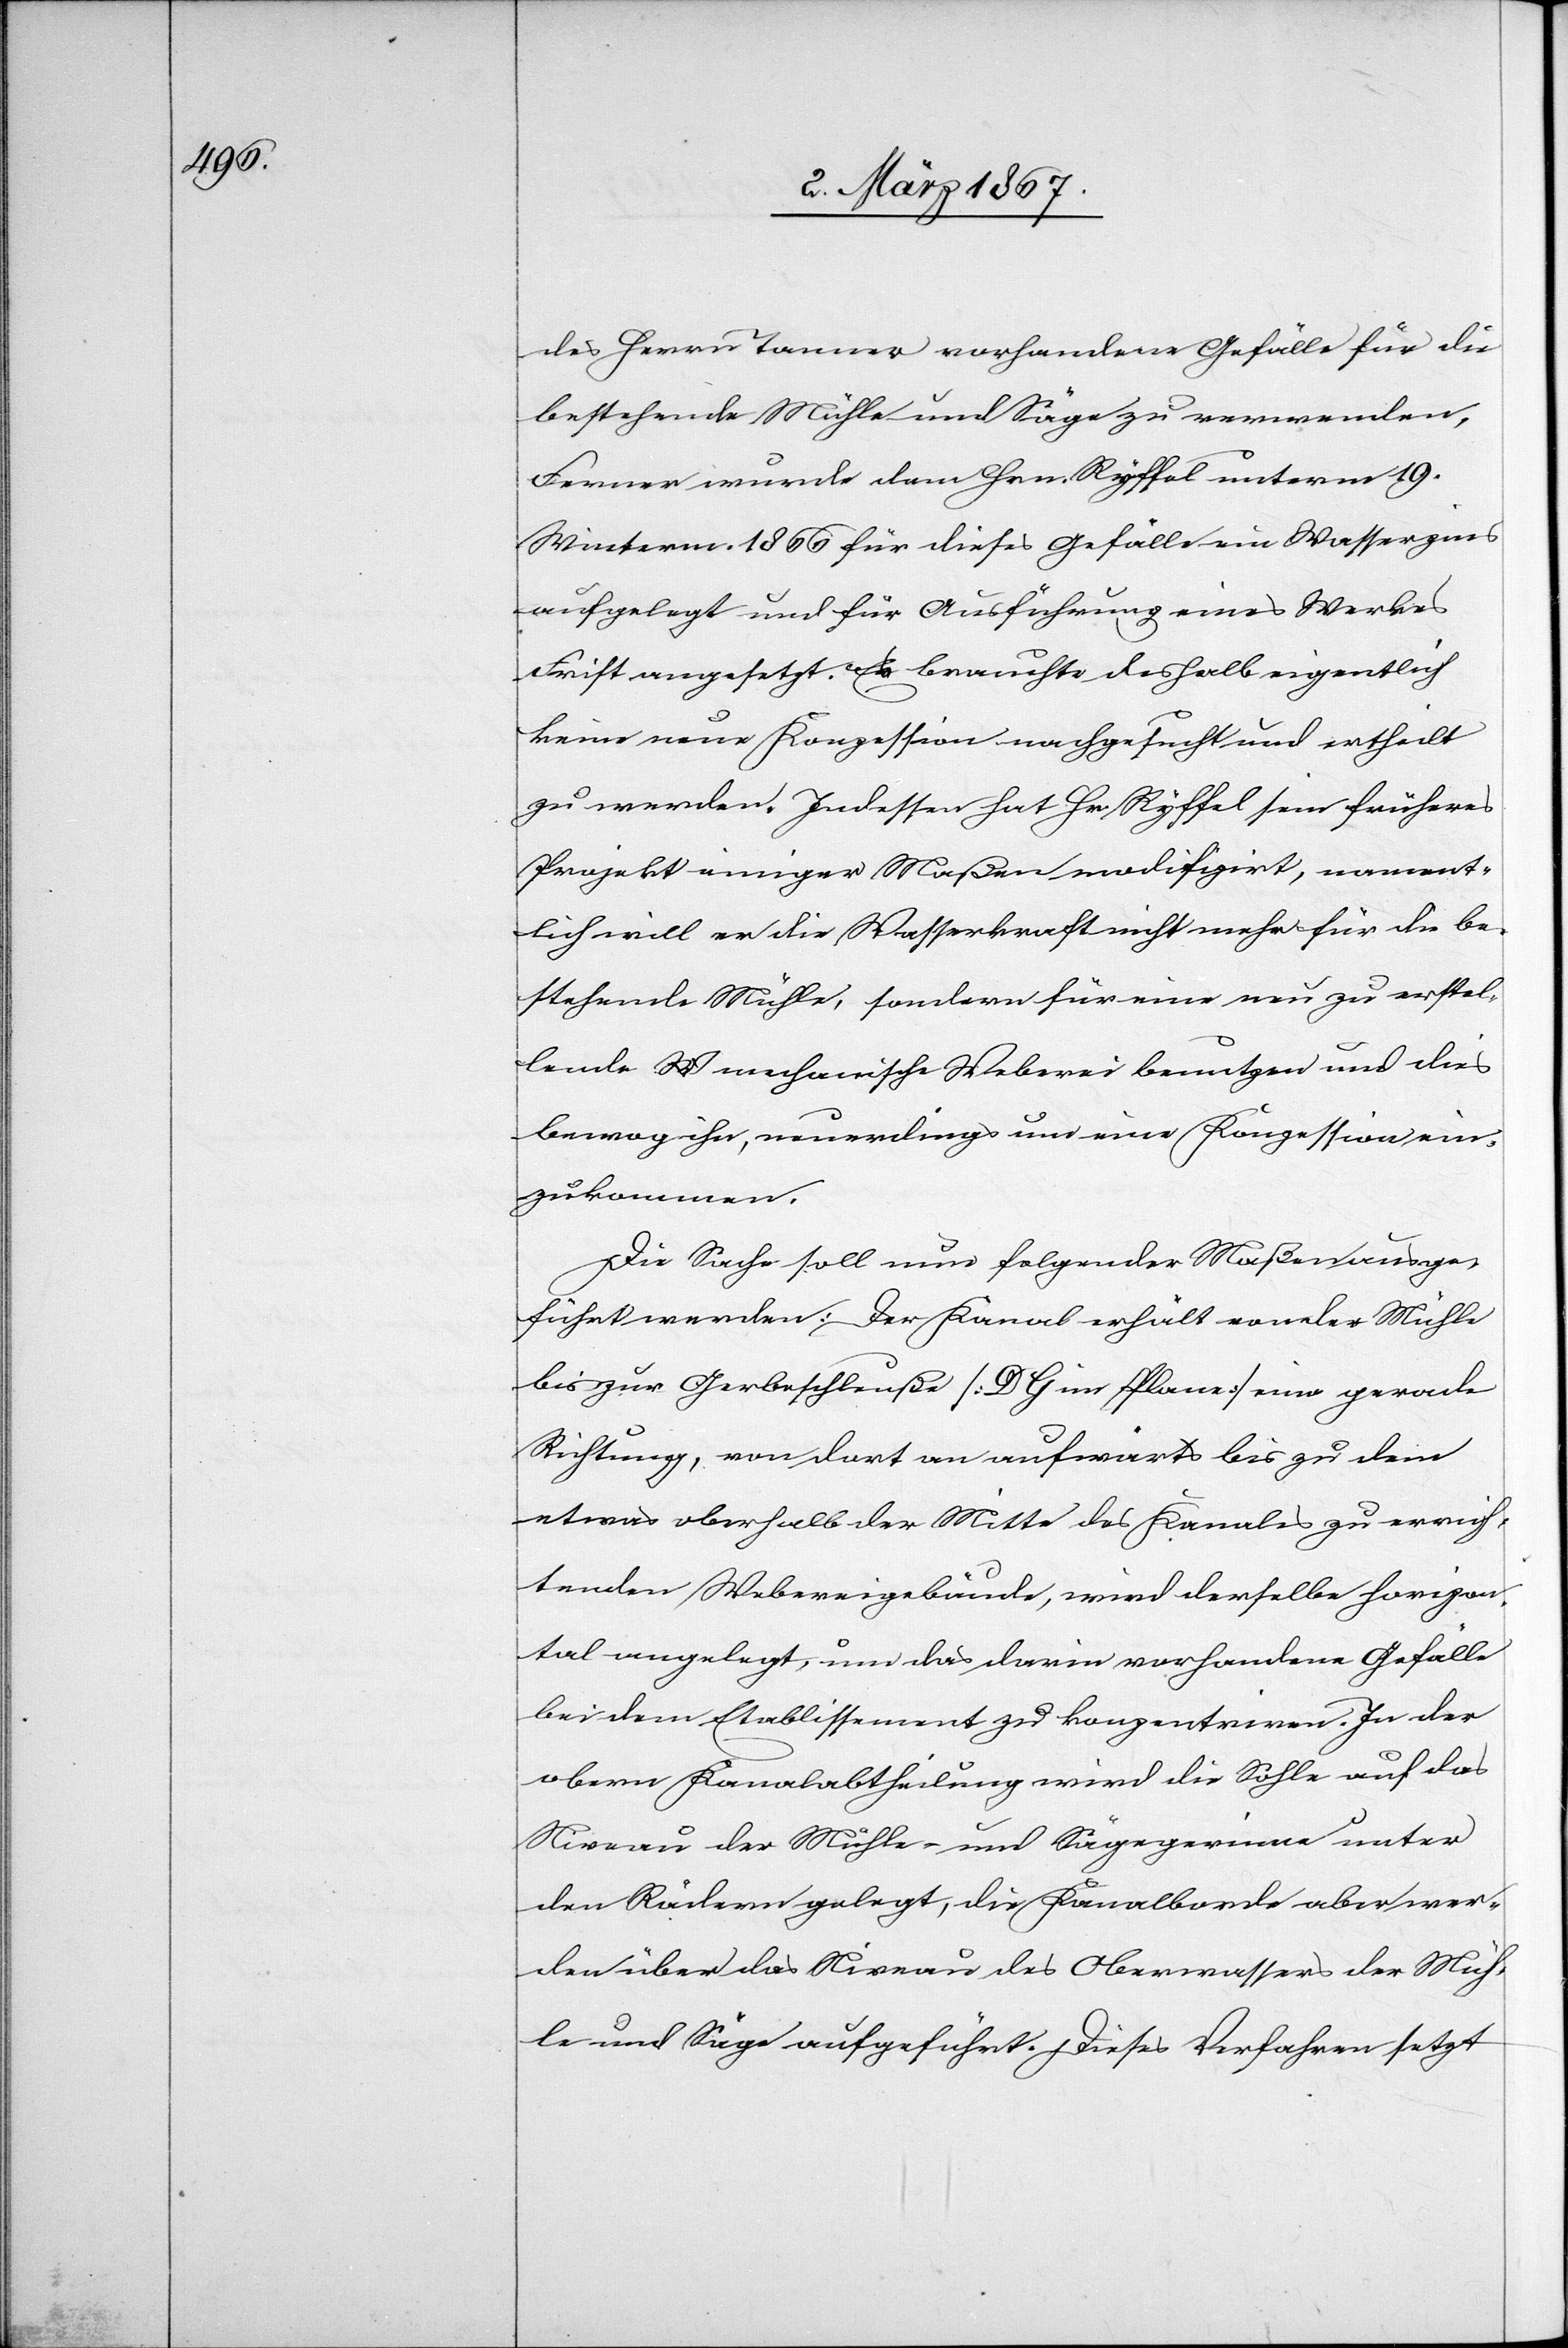
des Herrn Tanner vorhandene Gefälle für die
bestehende Mühle und Säge zu verwenden.
Ferner wurde dem Hrn. Ryffel unterm 19.
Winterm. 1866 für dieses Gefälle ein Wasserzins
aufgelegt und für Ausführung eines Werkes
Frist angesetzt. Es brauchte deshalb eigentlich
keine neue Konzession nachgesucht und ertheilt
zu werden. Indessen hat Hr. Ryffel sein früheres
Projekt einiger Maßen modifizirt, nament¬
lich will er die Wasserkraft nicht mehr für die be¬
stehende Mühle, sondern für eine neu zu erstel¬
lende mechanische Weberei benutzen und dies
bewog ihn, neuerdings um eine Konzession ein¬
zukommen.
Die Sache soll neu folgender Maßen ausge¬
führt werden: Der Kanal erhält von der Mühle
bis zur Gerbeschleuße [D G im Plane] eine gerade
Richtung, von dort an aufwärts bis zu dem
etwas oberhalb der Mitte des Kanales zu errich¬
tenden Webereigebäude, wird derselbe horizon¬
tal angelegt, um das darin vorhandene Gefälle
bei dem Etablissement zu konzentriren. In der
obern Kanalabtheilung wird die Sohle auf das
Niveau der Mühle- und Sägerinne unter
den Rädern gelegt, die Kanalborde aber wer¬
den über das Niveau des Oberwassers der Müh¬
le und Säge aufgeführt. Dieses Verfahren setzt